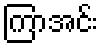
ကြာအင်း